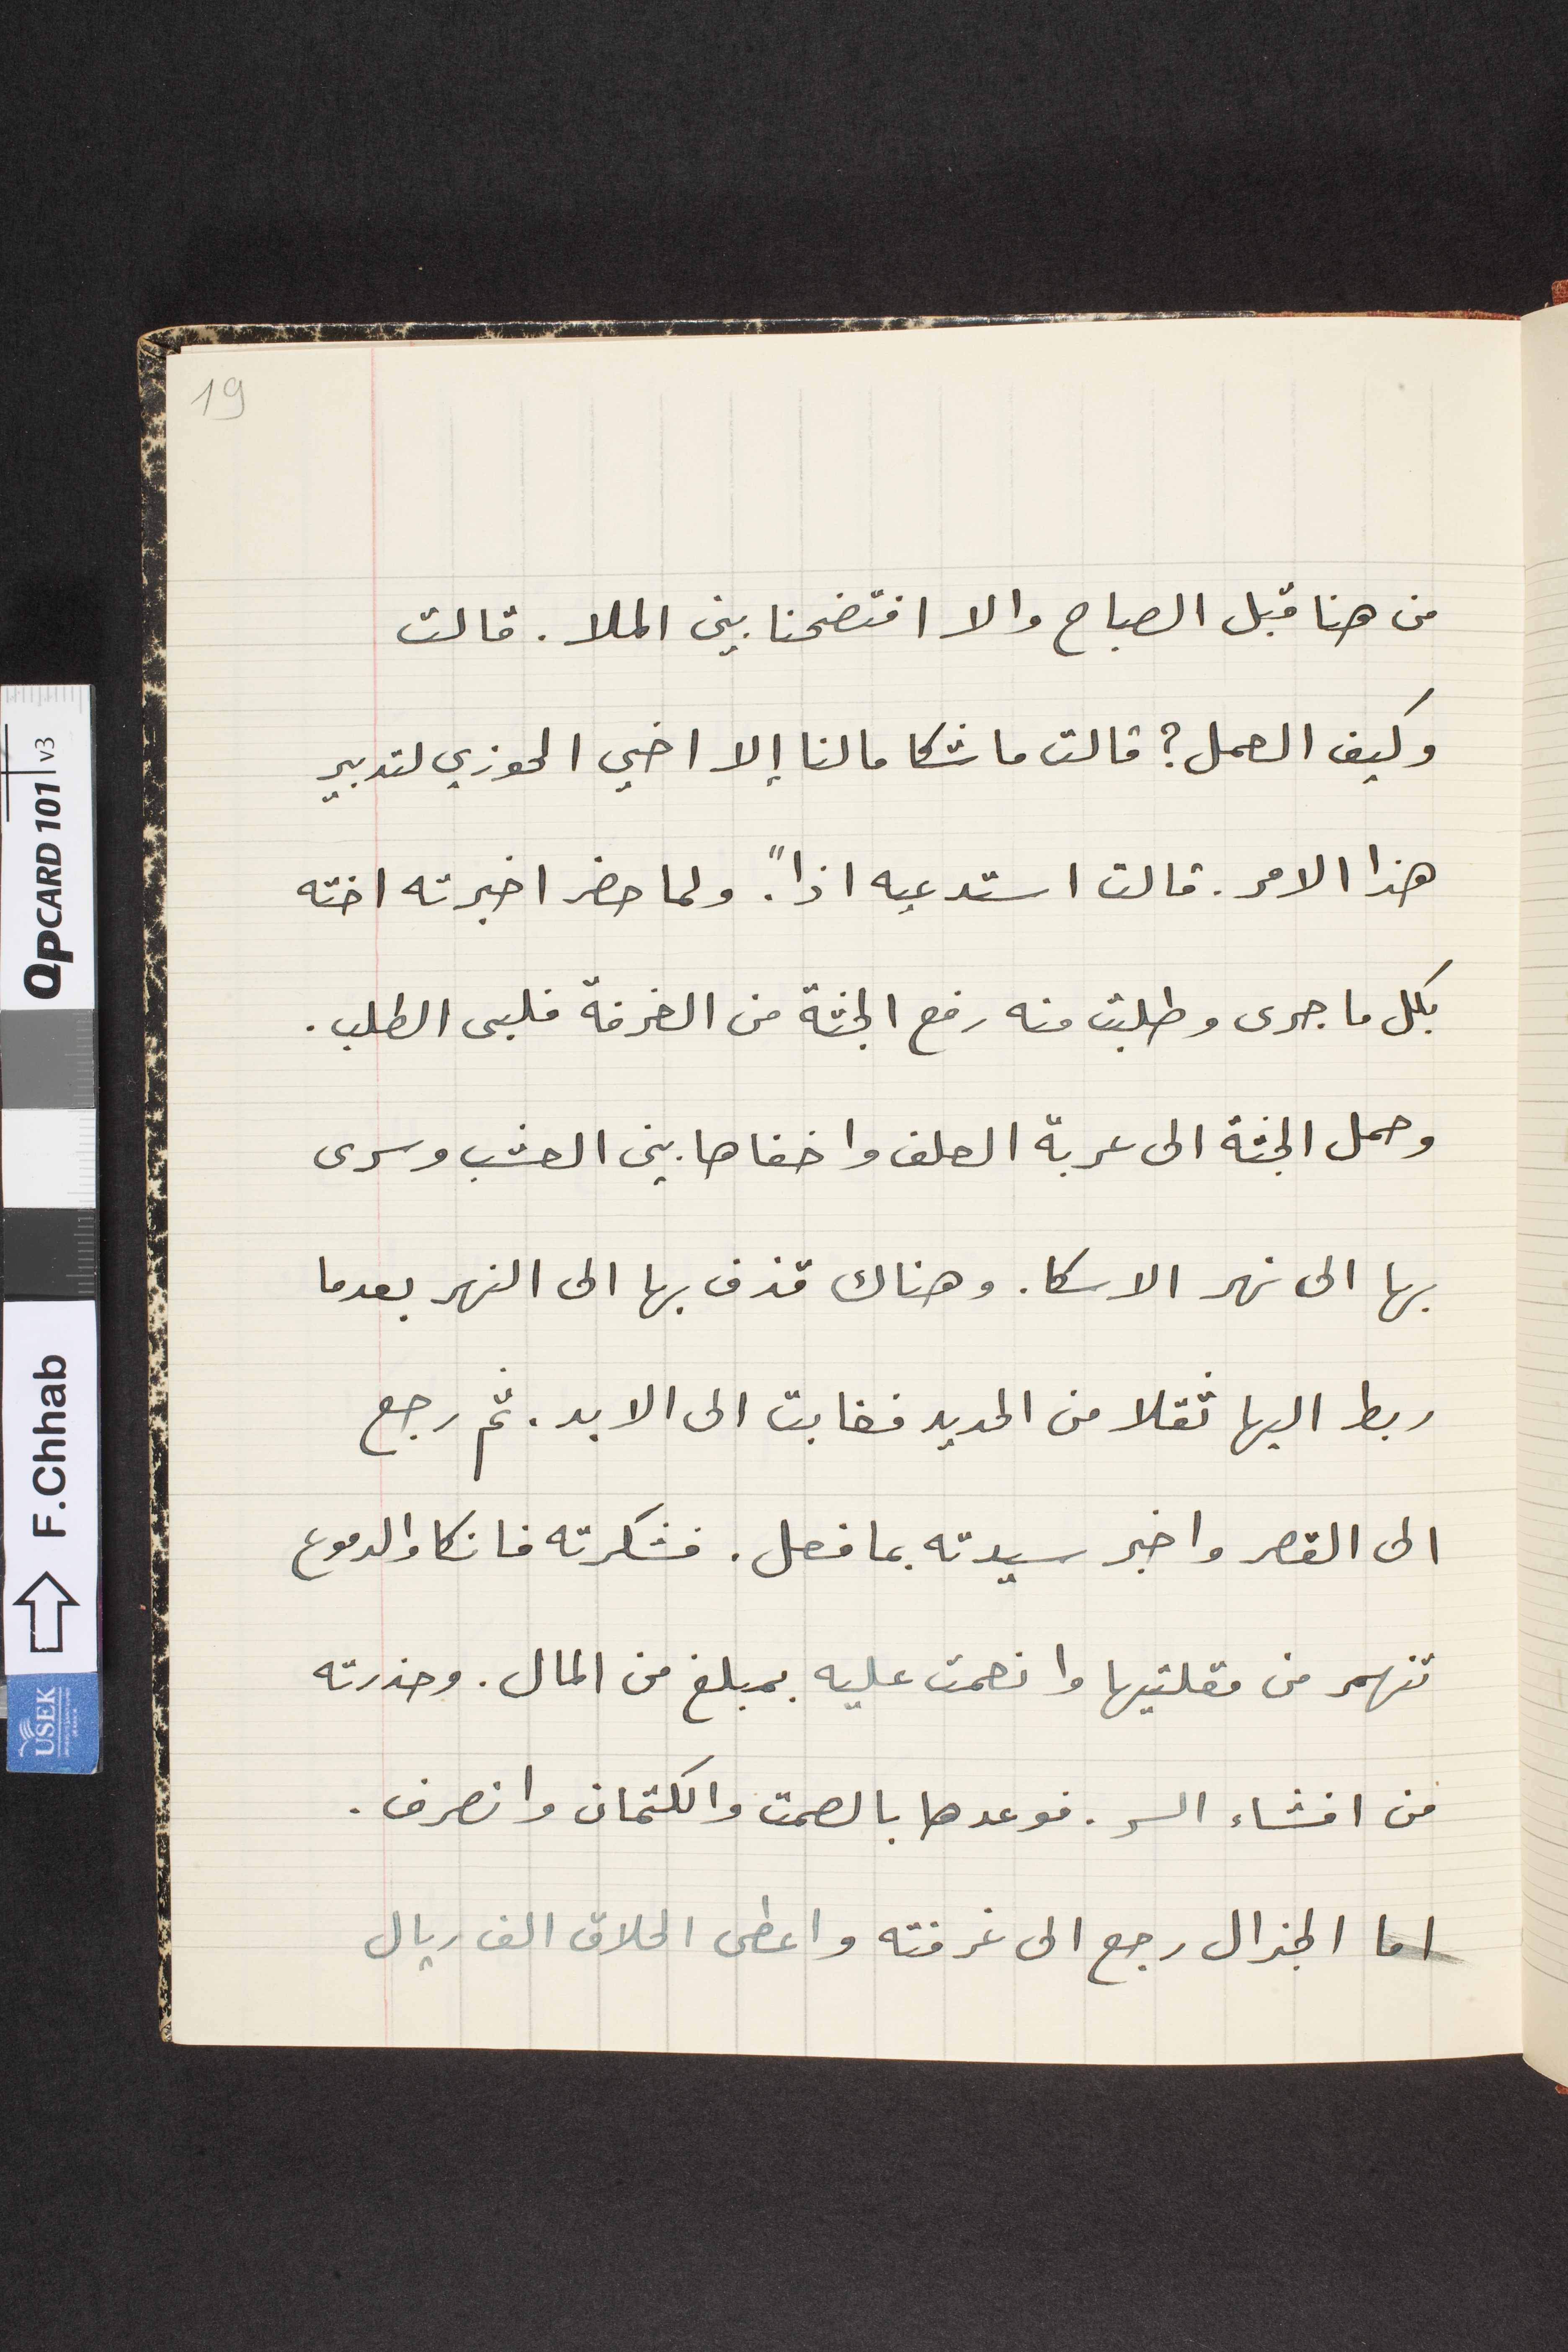
من هنا قبل الصباح والا افتضحنا بين الملا. قالت
وكيف العمل؟ قالت ماشكا ما لنا إلا اخي الحوزي لتدبير
هذا الامر. قالت استدعيه اذاً. ولما حضر اخبرته اخته
بكل ما جرى وطلبت منه رفع الجثة من الغرفة فلبى الطلب.
وحمل الجثة الى عربة العلف واخفاها بين العشب وسرى
بها الى نهر الاسكا. وهناك قذف بها الى النهر بعدما
ربط اليها ثقلا من الحديد فغابت الى الابد. ثم رجع
الى القصر واخبر سيدته بما فعل. فشكرته فانكا والدموع
تنهمر من مقلتيها وانعمت عليه بمبلغ من المال. وحذرته
من افشاء السر. فوعدها بالصمت والكتمان وانصرف.
اما الجنرال رجع الى غرفته واعطى الحلاق الف ريال